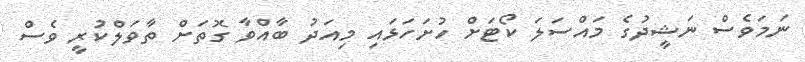
ނަމަވެސް ނަޝީދުގެ މައްސަލަ ކޯޓަށް ހުށަހަޅައި މިއަދު ބާއްވާ ގޮތަށް ތާވަލްކުރީ ވެސް